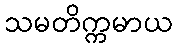
သမတိက္ကမာယ